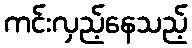
ကင်းလှည့်နေသည့်